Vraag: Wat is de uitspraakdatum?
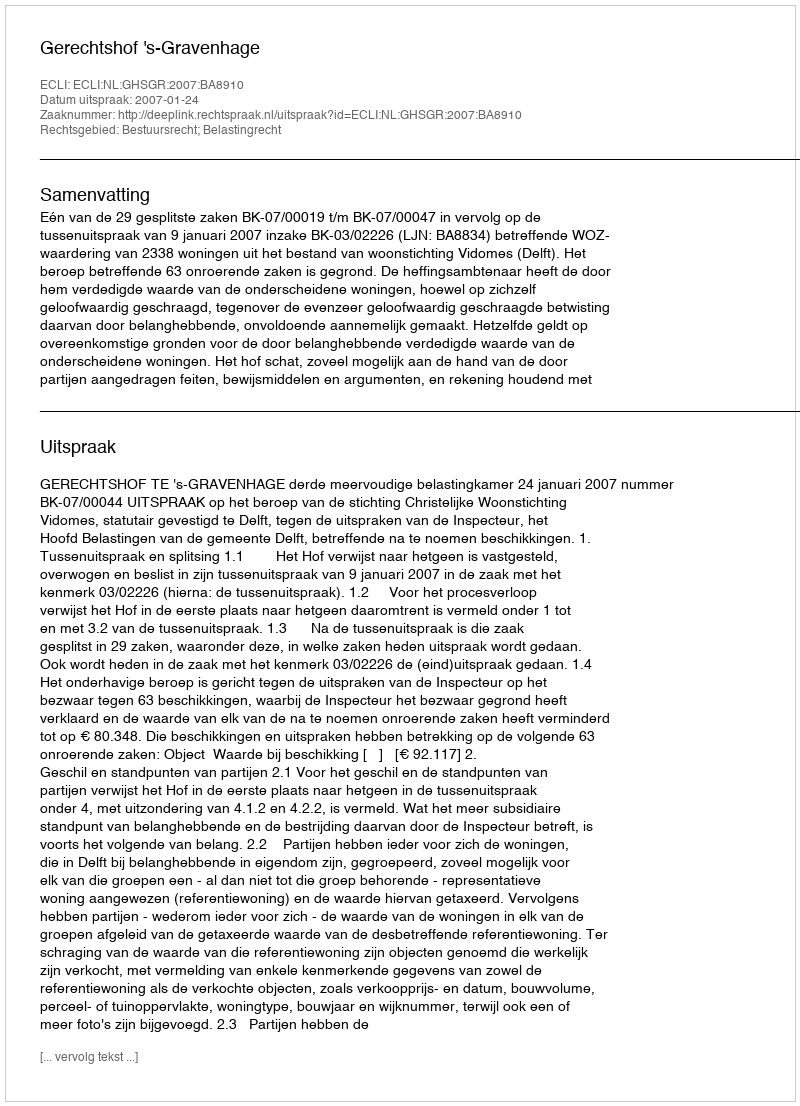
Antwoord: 2007-01-24